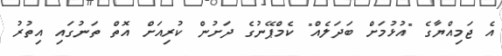
އެ ޖަމިއްޔާގެ "އުޅުމަށް ބަދަލެއް" ކެމްޕޭނުގެ ދަށުން ކުރިއަށް އޮތް ތަނުގައި އިތުރު